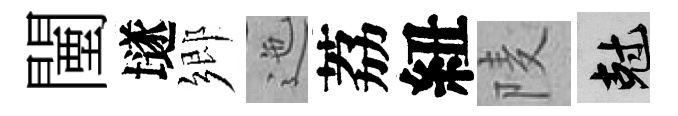
闉𡑞鄉迤荔紐𨹧剋